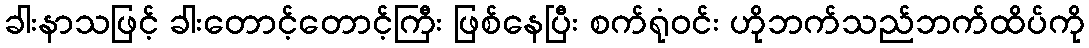
ခါးနာသဖြင့် ခါးတောင့်တောင့်ကြီး ဖြစ်နေပြီး စက်ရုံဝင်း ဟိုဘက်သည်ဘက်ထိပ်ကို